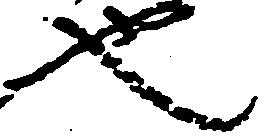
也